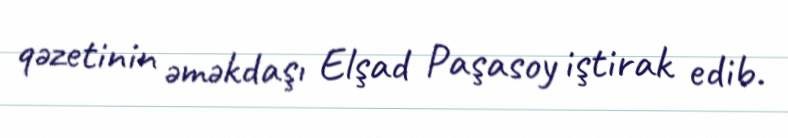
qəzetinin əməkdaşı Elşad Paşasoy iştirak edib.